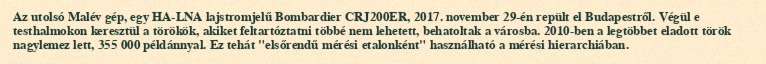
Az utolsó Malév gép, egy HA-LNA lajstromjelű Bombardier CRJ200ER, 2017. november 29-én repült el Budapestről. Végül e testhalmokon keresztül a törökök, akiket feltartóztatni többé nem lehetett, behatoltak a városba. 2010-ben a legtöbbet eladott török nagylemez lett, 355 000 példánnyal. Ez tehát "elsőrendű mérési etalonként" használható a mérési hierarchiában.